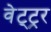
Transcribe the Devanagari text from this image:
वेट्ट्रर